Annual report on the health of the army in India
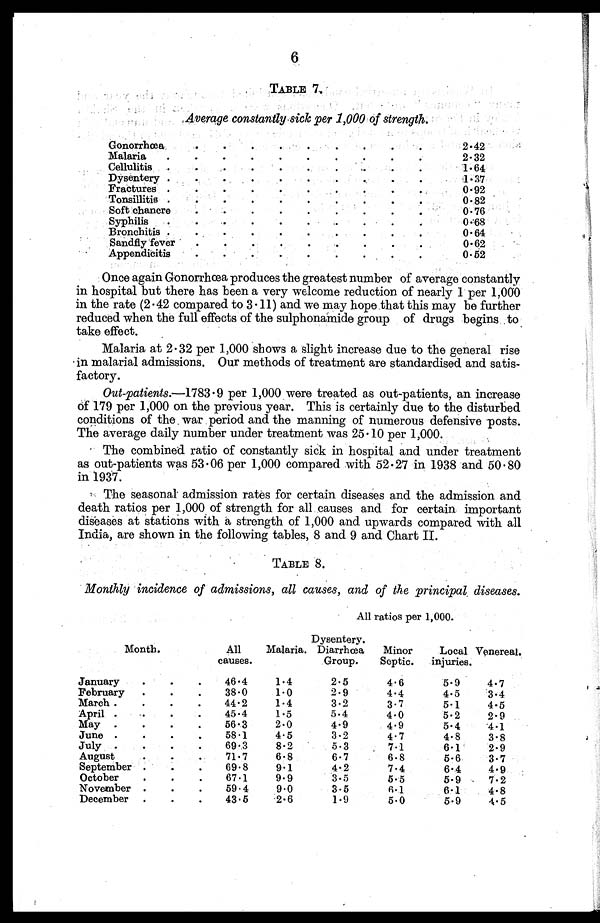
6
TABLE 7.
,Average constantly . sick per 1,000 of strength.
Gonorrhœa
•
.
•
.
2.42
Malaria
.
•
•
•
•
•
•
•
2. 32
Cellulitis
•
•
•
.
1. 64
Dysentery.
•
•
•
•
1.37
Fractures.
.
•
•
•
.
•
0. 92
Tonsillitis
.
•
•
. .
•
•
•
•. 82
Soft chancre
•
•
.
•
•
•
•
0. 76
Syphilis.
.
•
•
•
• •
0.68
Bronchitis.
•
•
•
•
•
•
0 • 64
Sandfly fever
•
•
.
.
0.62
Appendiciti
.
.
.
•
.
•
•
0.62
Once again Gonorrhoea produces the greatest number of average constantly
in hospital but there has been a very welcome reduction of nearly 1 per 1,000
in the rate (2 . 42 compared to 3 . 11) and we may hope that this may be further
reduced when the full effects of the sulphonamide group of drugs begins to
take effect.
Malaria at 2-32 per 1,000 shows a slight increase due to the general rise
in malarial admissions. Our methods of treatment are standardised and satis-
factory.
Out-patients.-1783 . 9 per 1,000 were treated as out-patients, an increase
of 179 per 1,000 on the previous year. This is certainly due to the disturbed
conditions of the war period and the manning of numerous defensive posts.
The average daily number under treatment was 25 . 10 per 1,000.
The combined ratio of constantly sick in hospital and under treatment
as out-patients was 53 . 06 per 1,000 compared with 52-27 in 1938 and 50.80
in 1937.
The seasonal admission rates for certain diseases and the admission and
death ratios per 1,000 of strength for all causes and for certain important
diseases at stations with a strength of 1,000 and upwards compared with all
India, are shown in the following tables, 8 and 9 and Chart II.
TABLE 8.
Monthly incidence of admissions, all causes, and of the principal diseases.
Month.
All ratios per 1,000.
All
causes.
Malaria.
Dysentery.
Diarrhœa
Group.
Minor
Septic.
Local
injuries.
Venereal.
January
.
.
.
46.4
1.4
2.5
4.6
5.9
4.7
February
.
.
.
38 0
1 • 0
2. 9
4.4
4.5
3.4
March .
.
.
.
44.2
1 • 4
3 . 2
3 • 7
5-1
4 • 5
April .
.
.
45.4
1.5
5.4
4.0
5 • 2
2 • 9
May
.
.
.
.
66.3
2.0
4.9
4.9
5 . 4
4.1
June .
.
.
.
58.1
4.5
3.2
4- 7
4.8
3-8
July .
.
.
69 • 3
8 • 2
5.3
7.1
6.1
2.9
August
.
.
71.7
6.8
6.7
6.8
5.6
3.7
September •
.
.
69. 8
9.1
4.2
7.4
6.4
4 • 9
October
.
.
.
67.1
9. 9
3. 5
6 • 5
5.9
7 • 2
November .
.
.
59,4
9.0
3.5
6.1
6. 1
4- 8
December .
.
.
43 • 6
2.6
1 • 9
5.0
5.9
4.5